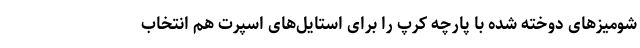
شومیزهای دوخته شده با پارچه کرپ را برای استایل‌های اسپرت هم انتخاب